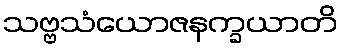
သဗ္ဗသံယောဇနက္ခယာတိ